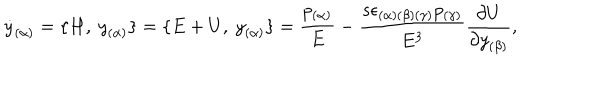
{ \dot { y } } _ { ( \alpha ) } = \{ H , \ { y } _ { ( \alpha ) } \} = \{ E + U , \ { y } _ { ( \alpha ) } \} = { \frac { p _ { ( \alpha ) } } { E } } - { \frac { s \epsilon _ { ( \alpha ) ( \beta ) ( \gamma ) } p _ { ( \gamma ) } } { E ^ { 3 } } } { \frac { \partial U } { \partial { y } _ { ( \beta ) } } } ,